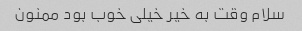
سلام وقت به خیر خیلی خوب بود ممنون